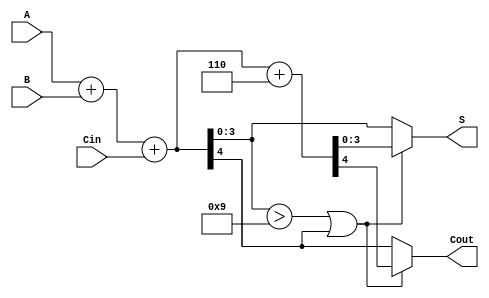
module BCD_Ripple_Carry_Adder (
    input [3:0] A,      // BCD digit A
    input [3:0] B,      // BCD digit B
    input Cin,          // Carry-in
    output reg [3:0] S, // BCD sum
    output reg Cout     // Carry-out
);

    wire [4:0] sum;     // 5-bit sum to accommodate carry-out
    wire [3:0] correction; // Correction value (6 in BCD)
    wire need_correction;  // Signal to determine if correction needed

    // Binary addition of A, B and Cin
    assign sum = A + B + Cin;

    // Check if correction is needed
    assign need_correction = (sum[3:0] > 4'b1001) || sum[4];

    // Correction value (6 in BCD)
    assign correction = 4'b0110;

    // Final BCD sum and carry-out logic
    always @(*) begin
        if (need_correction) begin
            // Add correction (6) to the sum
            {Cout, S} = sum + correction; // S is 4 bits, Cout is the carry-out
        end else begin
            S = sum[3:0]; // No correction needed
            Cout = sum[4]; // Assign carry-out
        end
    end

endmodule